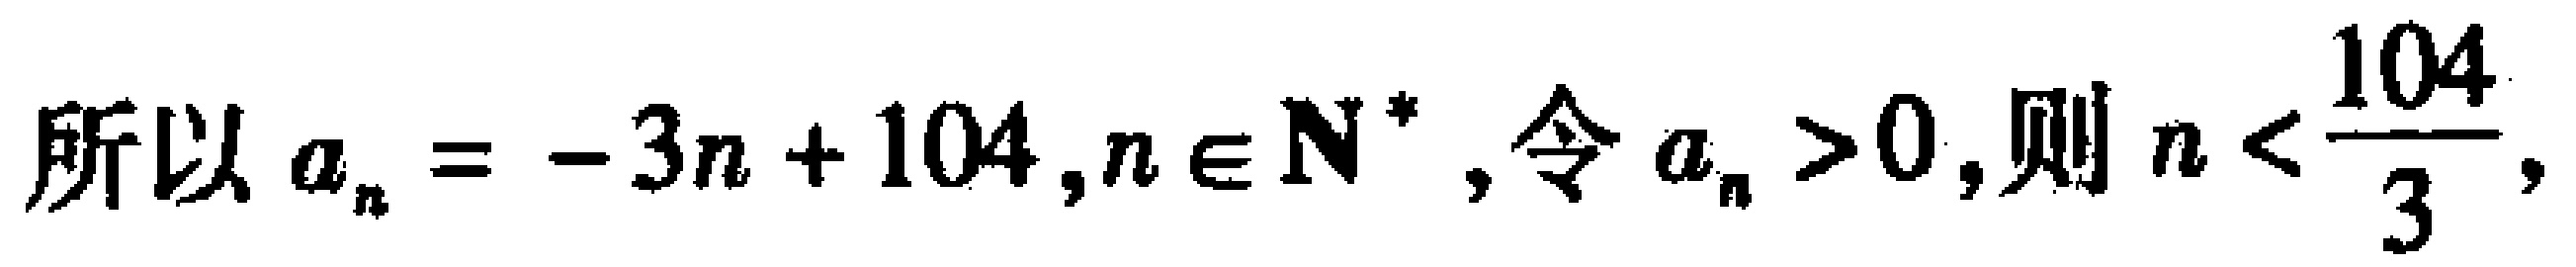
所以 \(a_{n} = -3n + 104,n \in \mathbf{N}^{*}\)，令 \(a_{n} > 0\)，则 \(n < \frac{104}{3}\)，